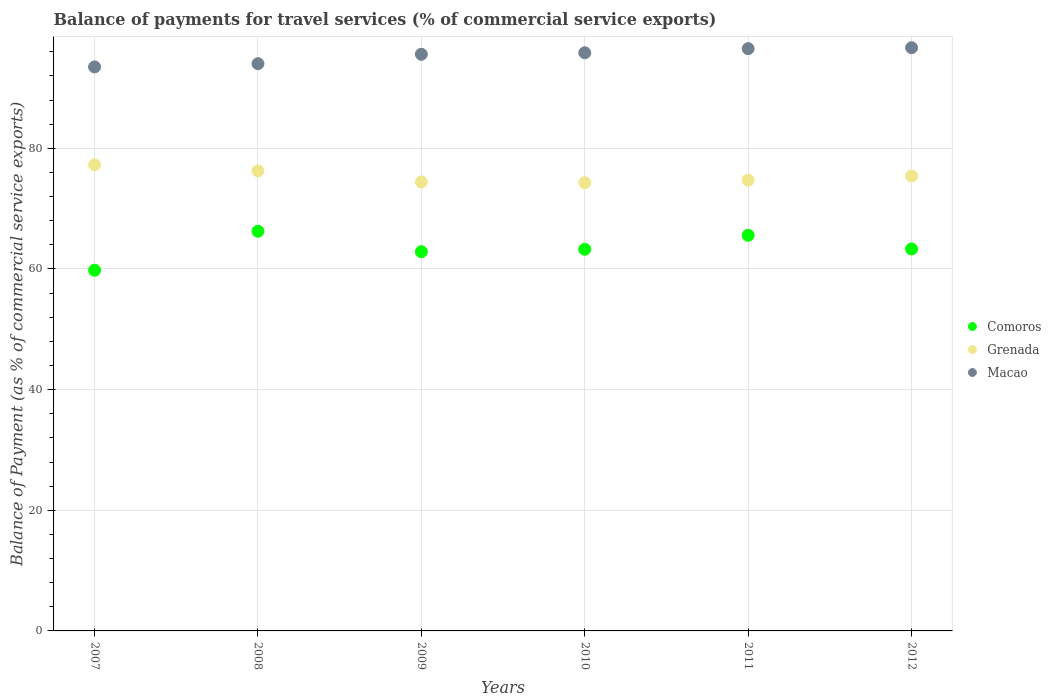
| Years | Comoros | Grenada | Macao |
 | --- | --- | --- | --- |
 | 2007 | 59.8 | 77.3 | 93.5 |
 | 2008 | 66.3 | 76.3 | 94 |
 | 2009 | 62.9 | 74.4 | 95.6 |
 | 2010 | 63.3 | 74.3 | 95.8 |
 | 2011 | 65.6 | 74.7 | 96.5 |
 | 2012 | 63.3 | 75.4 | 96.7 |